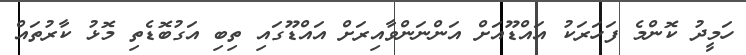
ހަމީދު ކޮންމެ ފަހަރަކު އައްޑޫއަށް އަންނަންވާއިރަށް އައްޑޫގައި ތިބި އަގުބޮޑެތި މޮޅު ކާރުތައް